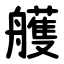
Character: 艧